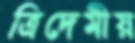
ত্রিদেমীয়